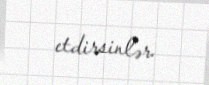
etdirsinlər.